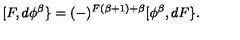
[ F , d \phi ^ { \beta } \} = ( - ) ^ { F ( \beta + 1 ) + \beta } [ \phi ^ { \beta } , d F \} .